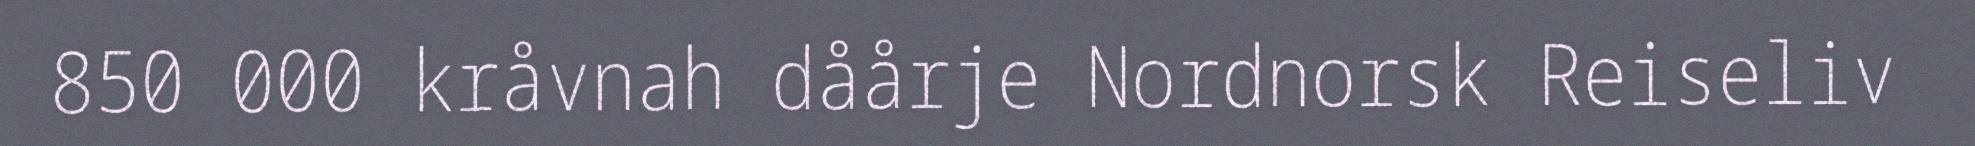
850 000 kråvnah dåårje Nordnorsk Reiseliv